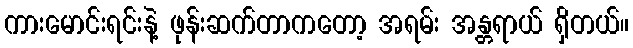
ကားမောင်းရင်းနဲ့ ဖုန်းဆက်တာကတော့ အရမ်း အန္တရာယ် ရှိတယ်။